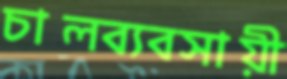
চালব্যবসায়ী